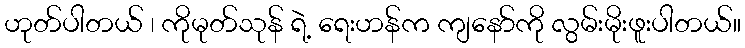
ဟုတ်ပါတယ် ၊ ကိုမုတ်သုန် ရဲ့ ရေးဟန်က ကျနော်ကို လွမ်းမိုးဖူးပါတယ်။